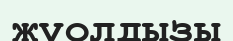
жұолдызы